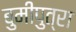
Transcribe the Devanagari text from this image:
बुमीपुत्रा